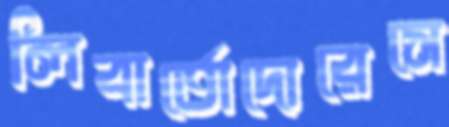
লিবার্তোদোরেসে